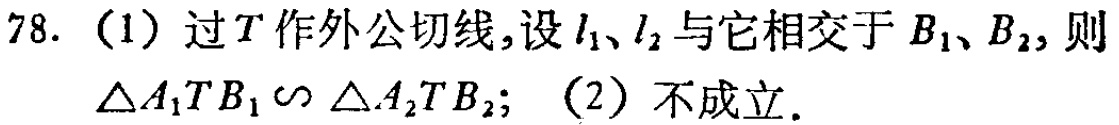
78. （1）过\(T\)作外公切线，设\(l_1\)、\(l_2\)与它相交于\(B_1\)、\(B_2\)，则\(\triangle A_1TB_1\sim\triangle A_2TB_2\)；（2）不成立.